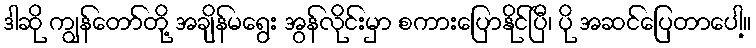
ဒါဆို ကျွန်တော်တို့ အချိန်မရွေး အွန်လိုင်းမှာ စကားပြောနိုင်ပြီ၊ ပို အဆင်ပြေတာပေါ့။